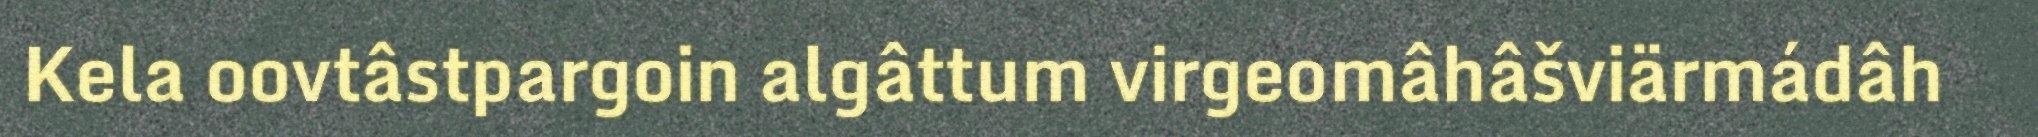
Kela oovtâstpargoin algâttum virgeomâhâšviärmádâh